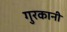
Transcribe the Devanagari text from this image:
गुरकानी